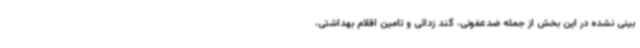
بینی نشده در این بخش از جمله ضدعفونی، گند زدائی و تامین اقلام بهداشتی،